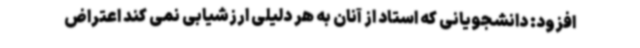
افزود: دانشجویانی که استاد از آنان به هر دلیلی ارزشیابی نمی کند اعتراض